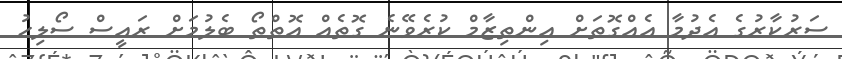
ސަރުކާރުގެ އެދުމާ އެއްގޮތަށް އިންތިޒާމް ކުރެވޭނެ ގޮތެއް އޮތްތޯ ބެލުމަށް ރައީސް ސޯލިހު